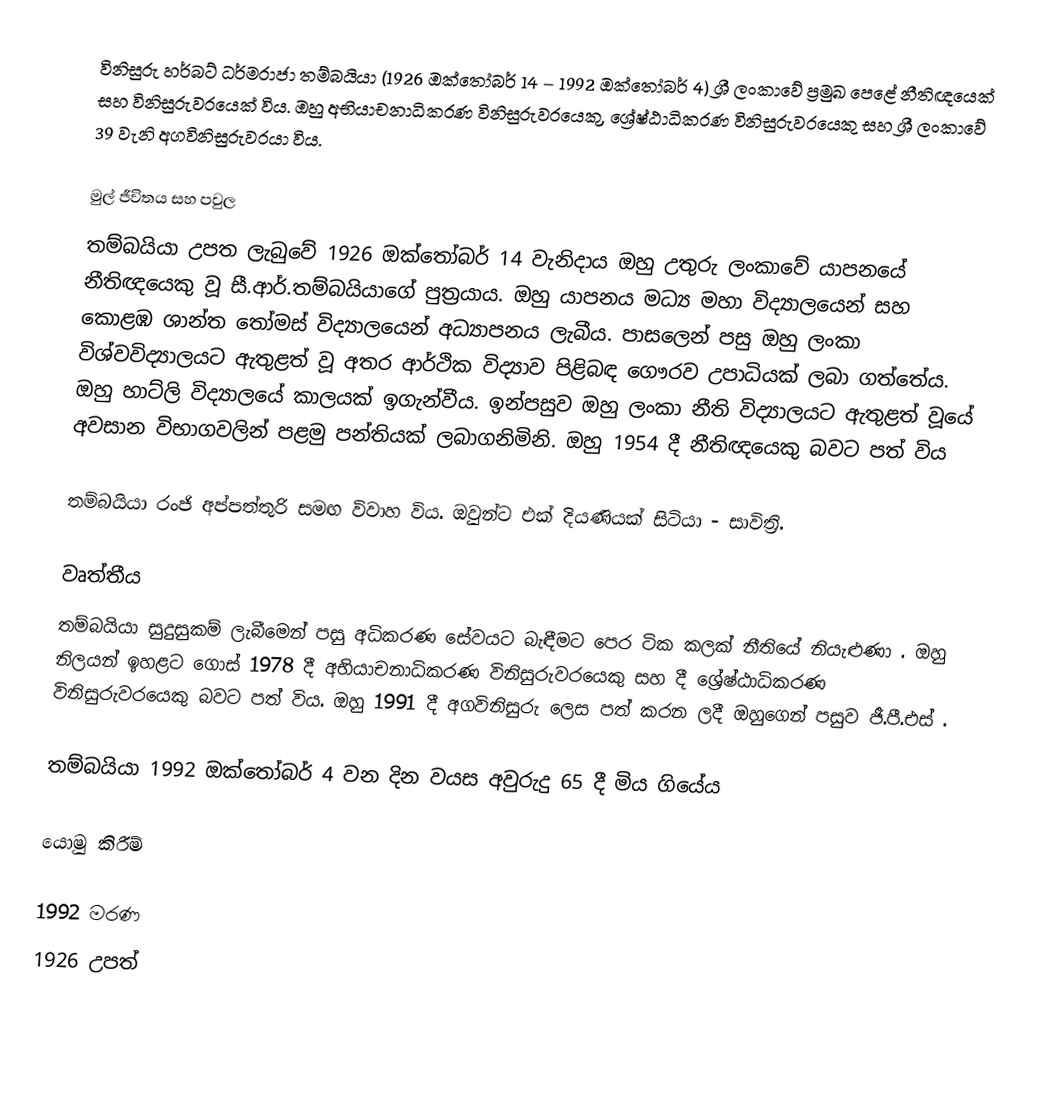
විනිසුරු හර්බට් ධර්මරාජා තම්බයියා (1926 ඔක්තෝබර් 14 – 1992 ඔක්තෝබර් 4) ශ්‍රී ලංකාවේ ප්‍රමුඛ පෙළේ නීතිඥයෙක් සහ විනිසුරුවරයෙක් විය. ඔහු අභියාචනාධිකරණ විනිසුරුවරයෙකු, ශ්‍රේෂ්ඨාධිකරණ විනිසුරුවරයෙකු සහ ශ්‍රී ලංකාවේ 39 වැනි අගවිනිසුරුවරයා විය.

මුල් ජීවිතය සහ පවුල
තම්බයියා උපත ලැබුවේ 1926 ඔක්තෝබර් 14 වැනිදාය  ඔහු උතුරු ලංකාවේ යාපනයේ නීතිඥයෙකු වූ සී.ආර්.තම්බයියාගේ පුත්‍රයාය. ඔහු යාපනය මධ්‍ය මහා විද්‍යාලයෙන් සහ කොළඹ ශාන්ත තෝමස් විද්‍යාලයෙන් අධ්‍යාපනය ලැබීය.  පාසලෙන් පසු ඔහු ලංකා විශ්වවිද්‍යාලයට ඇතුළත් වූ අතර ආර්ථික විද්‍යාව පිළිබඳ ගෞරව උපාධියක් ලබා ගත්තේය.  ඔහු හාට්ලි විද්‍යාලයේ කාලයක් ඉගැන්වීය.  ඉන්පසුව ඔහු ලංකා නීති විද්‍යාලයට ඇතුළත් වූයේ අවසාන විභාගවලින් පළමු පන්තියක් ලබාගනිමිනි.  ඔහු 1954 දී නීතිඥයෙකු බවට පත් විය

තම්බයියා රංජි අප්පත්තුරි සමඟ විවාහ විය. ඔවුන්ට එක් දියණියක් සිටියා - සාවිත්‍රි.

වෘත්තීය
තම්බයියා සුදුසුකම් ලැබීමෙන් පසු අධිකරණ සේවයට බැඳීමට පෙර ටික කලක් නීතියේ නියැළුණා .  ඔහු නිලයන් ඉහළට ගොස් 1978 දී අභියාචනාධිකරණ විනිසුරුවරයෙකු සහ  දී ශ්‍රේෂ්ඨාධිකරණ විනිසුරුවරයෙකු බවට පත් විය. ඔහු 1991 දී අගවිනිසුරු ලෙස පත් කරන ලදී  ඔහුගෙන් පසුව ජී.පී.එස් .

තම්බයියා 1992 ඔක්තෝබර් 4 වන දින වයස අවුරුදු 65 දී මිය ගියේය

යොමු කිරීම්

1992 මරණ
1926 උපත්